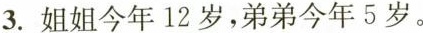
3.姐姐今年12岁，弟弟今年5岁。